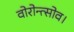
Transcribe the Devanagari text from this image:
वोरोन्त्सोव।